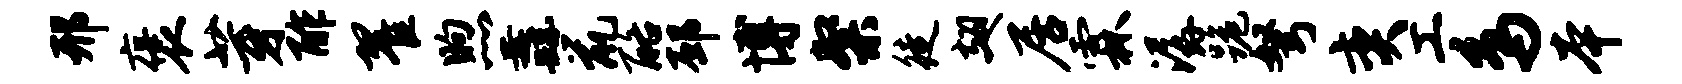
邢褒芽酢翟煦纛鼠酪邳博粲徒翅居霖潺跪弩奕工鸟本